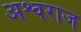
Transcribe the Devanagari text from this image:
अश्वराज